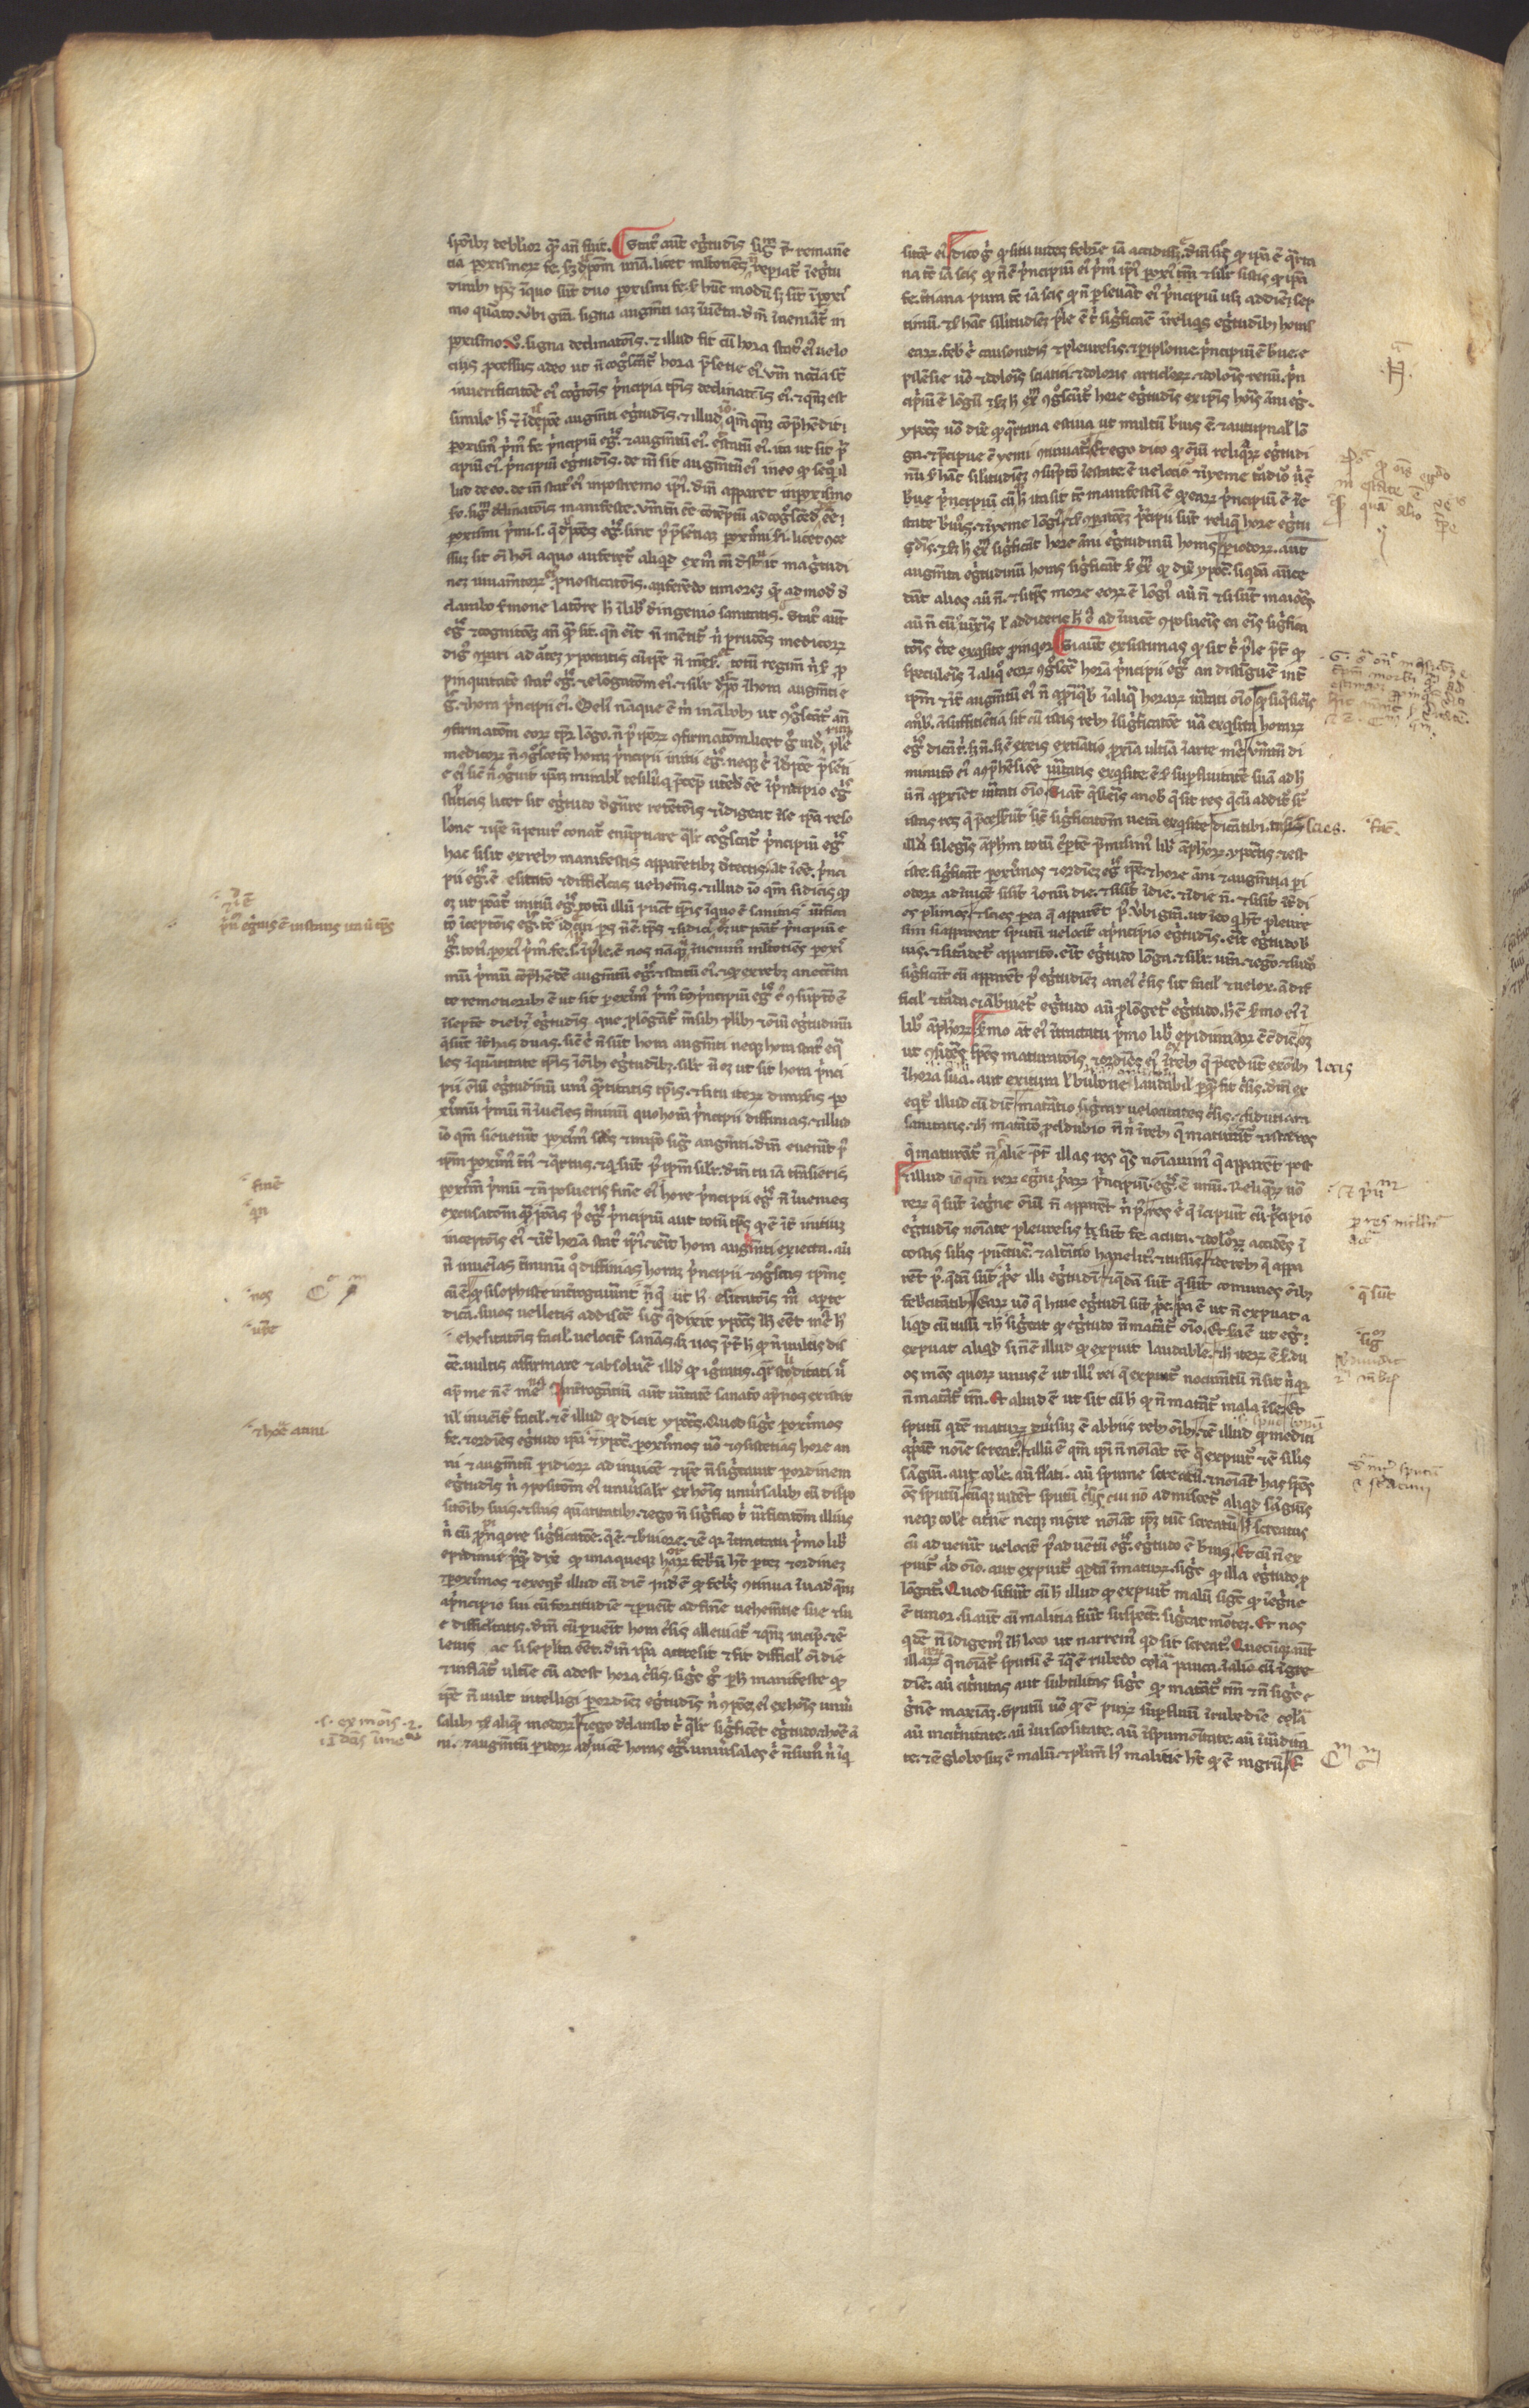
Shelfmark: Munich, Bayerische Staatsbibliothek, CLM 13027
Century: 13